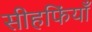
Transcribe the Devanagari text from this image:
सीहफिंयाँ